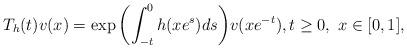
LaTeX: \begin{align*} T_h(t)v(x)=\exp{\left(\int_{-t} ^0 h(xe^s)ds\right)} v(xe^{-t}),t\geq0,\ x\in [0,1], \end{align*}